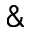
\&